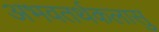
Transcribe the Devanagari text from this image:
अभवतर्थकलासु